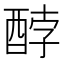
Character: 𮠫